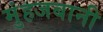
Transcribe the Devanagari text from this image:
मुंहजबानी